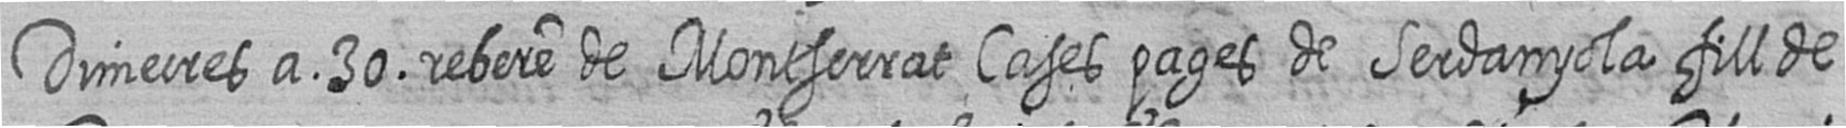
Dimecres a 30 rebere de Montserrat Cases pages de Serdanyola fill de